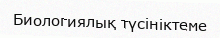
Биологиялық түсініктеме